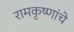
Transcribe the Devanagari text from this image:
रामकृष्णांचे